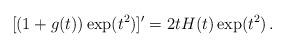
LaTeX: \begin{align*}[(1+g(t))\exp(t^2)]'=2t H(t) \exp(t^2)\,.\end{align*}